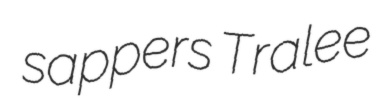
sappers Tralee